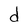
Character: d